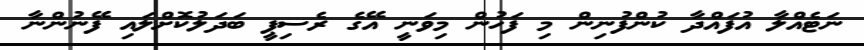
ނަޓެއްލާ އުފައްދާ ކުންފުނިން މި ފަހުން މިވަނީ އޭގެ ރެސިޕީ ބަދަލުކޮށްލައި ފޭނުންނާ